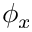
\phi _ { x }